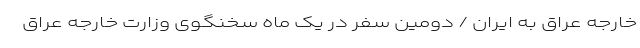
خارجه عراق به ایران / دومین سفر در یک ماه سخنگوی وزارت خارجه عراق